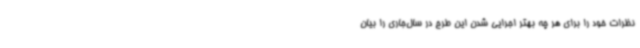
نظرات خود را برای هر چه بهتر اجرایی شدن این طرح در سال‌جاری را بیان